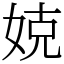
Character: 娔